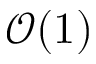
\mathcal O ( 1 )